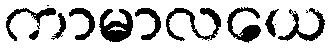
ကာမာလယေ